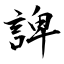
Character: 諀